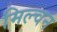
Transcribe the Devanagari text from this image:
मिल्चन